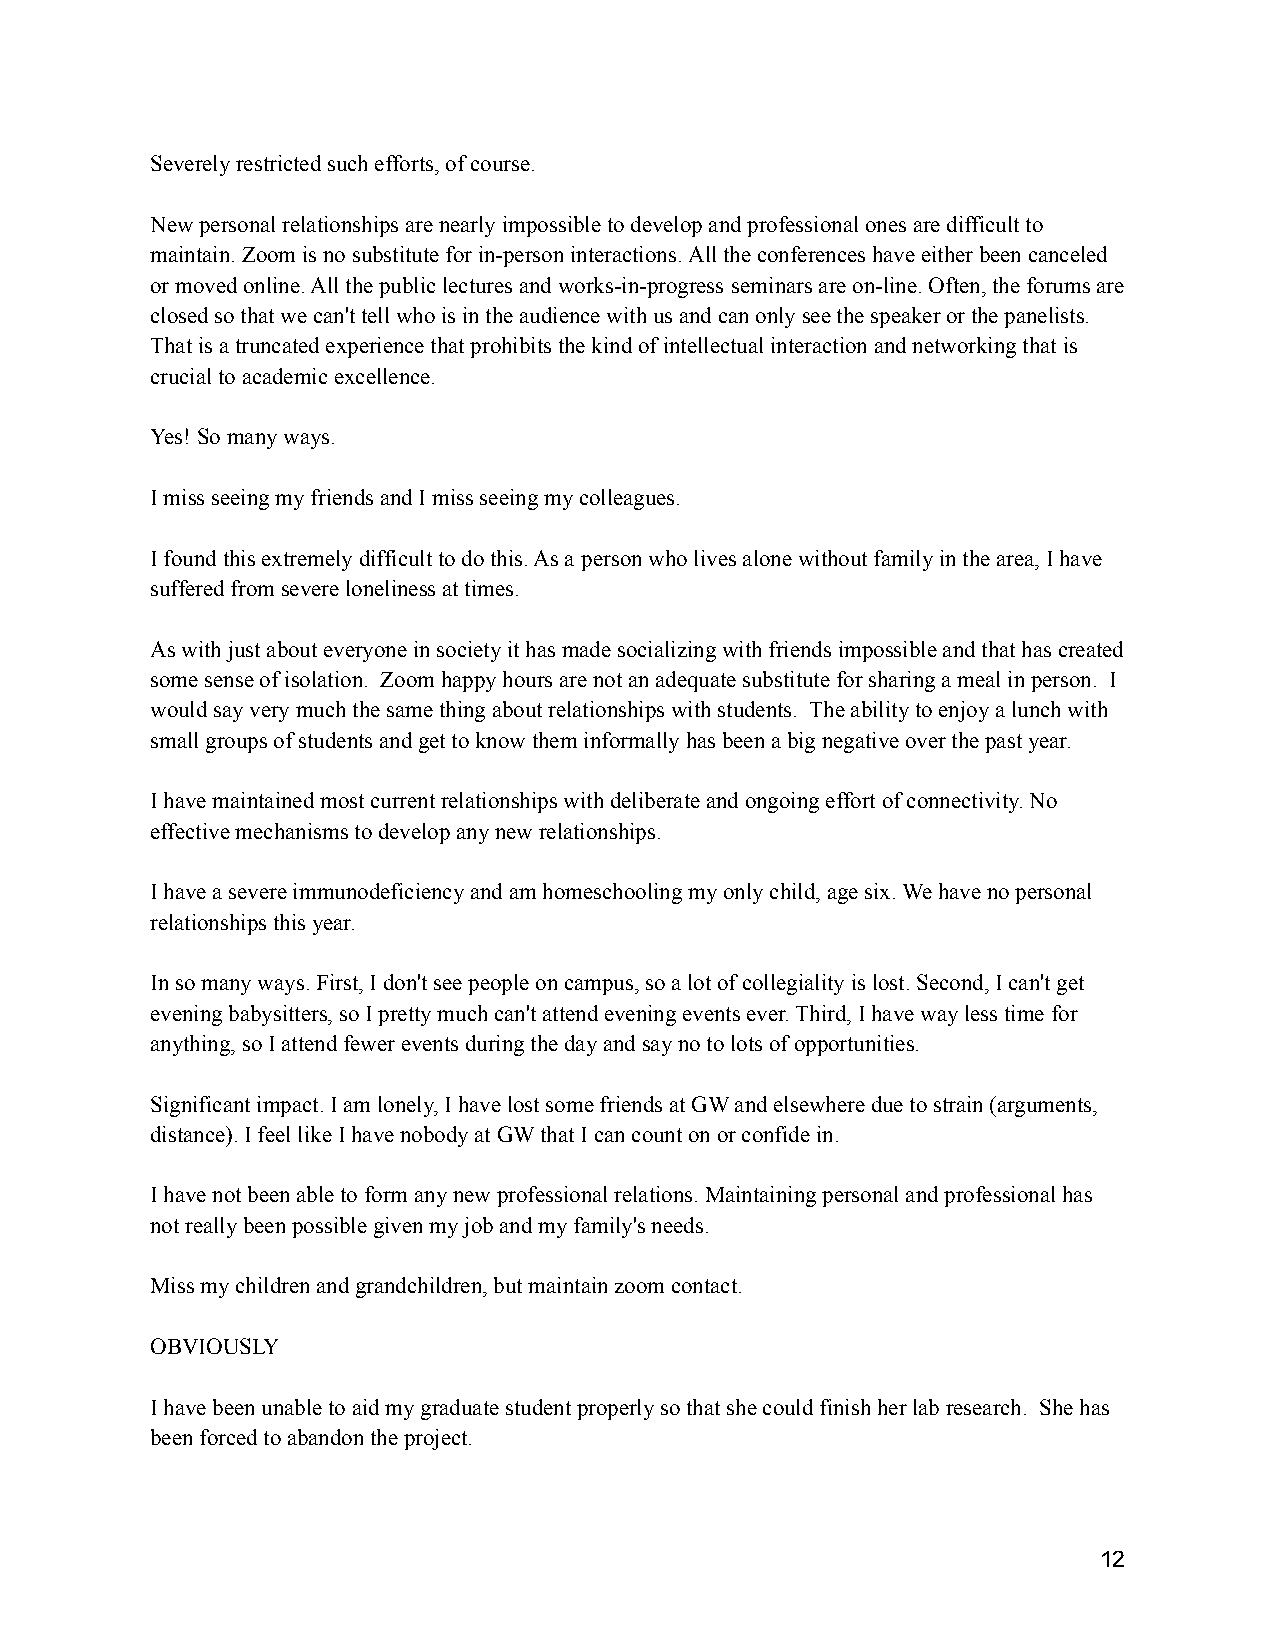
Severely restricted such efforts, of course.
 New personal relationships are nearly impossible todevelop and professional ones are difficult to
 maintain. Zoom is no substitute for in-person interactions.All the conferences have either been canceled
 or moved online. All the public lectures and works-in-progress seminars are on-line. Often, the forums are
 closed so that we can't tell who is in the audiencewith us and can only see the speaker or the panelists.
 That is a truncated experience that prohibits thekind of intellectual interaction and networking thatis
 crucial to academic excellence.
 Yes! So many ways.
 I miss seeing my friends and I miss seeing my colleagues.
 I found this extremely difficult to do this. As a person who lives alone without family in the area,I have
 suffered from severe loneliness at times.
 As with just about everyone in society it has madesocializing with friends impossible and that hascreated
 some sense of isolation. Zoom happy hours are notan adequate substitute for sharing a meal in person. I
 would say very much the same thing about relationshipswith students. The ability to enjoy a lunch with
 small groups of students and get to know them informallyhas been a big negative over the past year.
 I have maintained most current relationships withdeliberate and ongoing effort of connectivity. No
 effective mechanisms to develop any new relationships.
 I have a severe immunodeficiency and am homeschoolingmy only child, age six. We have no personal
 relationships this year.
 In so many ways. First, I don't see people on campus,so a lot of collegiality is lost. Second, I can'tget
 evening babysitters, so I pretty much can't attendevening events ever. Third, I have way less timefor
 anything, so I attend fewer events during the dayand say no to lots of opportunities.
 Significant impact. I am lonely, I have lost somefriends at GW and elsewhere due to strain (arguments,
 distance). I feel like I have nobody at GW that Ican count on or confide in.
 I have not been able to form any new professionalrelations. Maintaining personal and professional has
 not really been possible given my job and my family'sneeds.
 Miss my children and grandchildren, but maintain zoomcontact.
 OBVIOUSLY
 I have been unable to aid my graduate student properlyso that she could finish her lab research. She has
 been forced to abandon the project.
 12